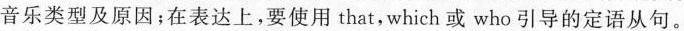
音乐类型及原因；在表达上，要使用that，which或who引导的定语从句。